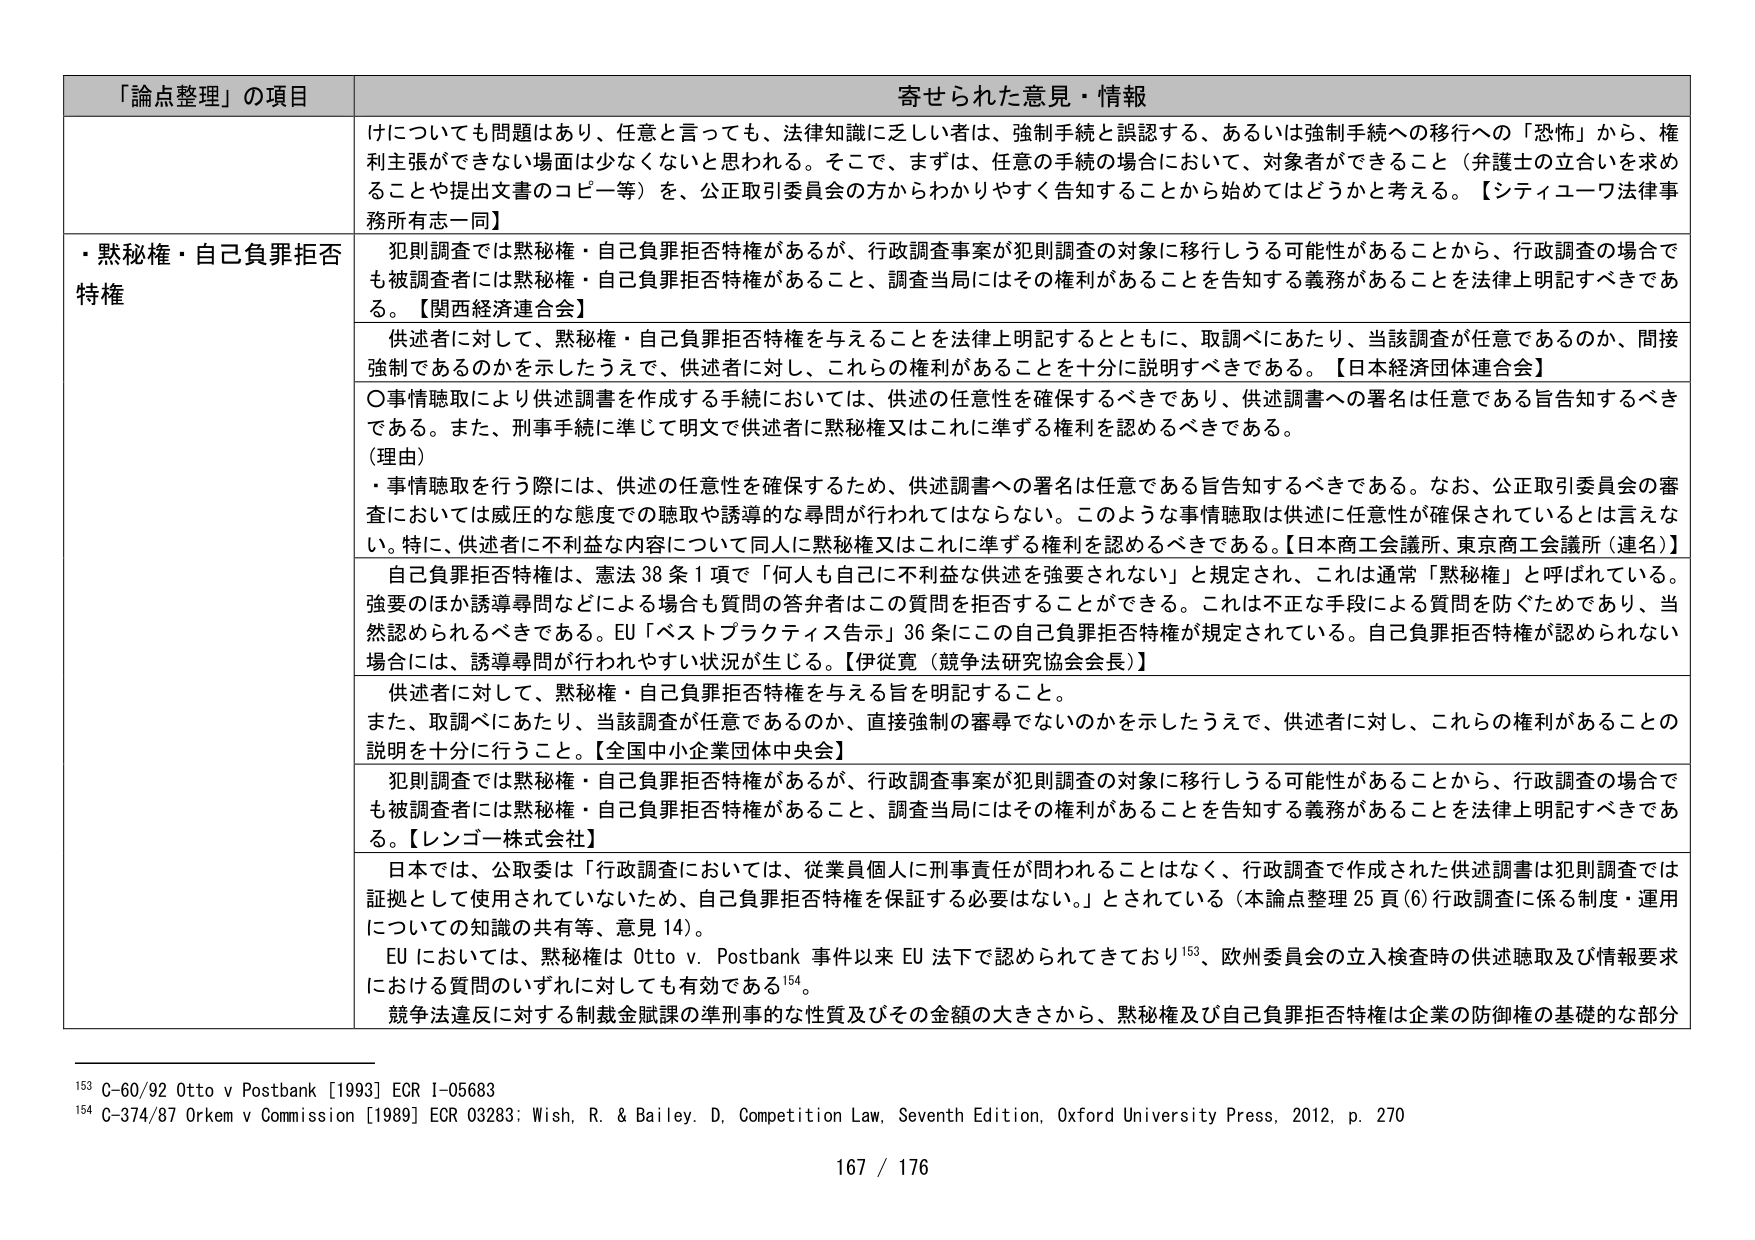
「論点整理」の項目 寄せられた意見・情報
けについても問題はあり、任意と言っても、法律知識に乏しい者は、強制手続と誤認する、あるいは強制手続への移行への「恐怖」から、権利主張ができない場面は少なくないと思われる。そこで、まずは、任意の手続の場合において、対象者ができること（弁護士の立合いを求めることや提出文書のコピー等）を、公正取引委員会の方からわかりやすく告知することから始めてはどうかと考える。【シティユーワ法律事務所有志一同】
・黙秘権・自己負罪拒否特権 犯則調査では黙秘権・自己負罪拒否特権があるが、行政調査事案が犯則調査の対象に移行しうる可能性があることから、行政調査の場合でも被調査者には黙秘権・自己負罪拒否特権があること、調査当局にはその権利があることを告知する義務があることを法律上明記すべきである。【関西経済連合会】
供述者に対して、黙秘権・自己負罪拒否特権を与えることを法律上明記するとともに、取調べにあたり、当該調査が任意であるのか、間接強制であるのかを示したうえで、供述者に対し、これらの権利があることを十分に説明すべきである。【日本経済団体連合会】
〇事情聴取により供述調書を作成する手続においては、供述の任意性を確保するべきであり、供述調書への署名は任意である旨告知するべきである。また、刑事手続に準じて明文で供述者に黙秘権又はこれに準ずる権利を認めるべきである。
（理由）
・事情聴取を行う際には、供述の任意性を確保するため、供述調書への署名は任意である旨告知するべきである。なお、公正取引委員会の審査においては威圧的な態度での聴取や誘導的な尋問が行われてはならない。このような事情聴取は供述に任意性が確保されているとは言えない。特に、供述者に不利益な内容について同人に黙秘権又はこれに準ずる権利を認めるべきである。【日本商工会議所、東京商工会議所（連名）】
自己負罪拒否特権は、憲法38条1項で「何人も自己に不利益な供述を強要されない」と規定され、これは通常「黙秘権」と呼ばれている。強要のほか誘導尋問などによる答弁者も質問の答弁者にその質問を拒否することができる。これは不正な手段による質問を防ぐためであり、当然認められるべきである。EU「ベストプラクティス告示」36条にこの自己負罪拒否特権が規定されている。自己負罪拒否特権が認められない場合には、誘導尋問が行われやすい状況が生じる。【伊従寛（競争法研究協会会長）】
供述者に対して、黙秘権・自己負罪拒否特権を与える旨を明記すること。
また、取調べにあたり、当該調査が任意であるのか、直接強制的審尋でないのかを示したうえで、供述者に対し、これらの権利があることの説明を十分に行うこと。【全国中小企業団体中央会】
犯則調査では黙秘権・自己負罪拒否特権があるが、行政調査事案が犯則調査の対象に移行しうる可能性があることから、行政調査の場合でも被調査者には黙秘権・自己負罪拒否特権があること、調査当局にはその権利があることを告知する義務があることを法律上明記すべきである。【レンゴー株式会社】
日本では、公取委は「行政調査においては、従業員個人に刑事責任が問われることはなく、行政調査で作成された供述調書は犯則調査では証拠として使用されていないため、自己負罪拒否特権を保証する必要はない。」とされている（本論点整理25頁(6)行政調査に係る制度・運用についての知識の共有等、意見14）。
EUにおいては、黙秘権はOtto v. Postbank事件以来EU法下で認められてきており153、欧州委員会の立入検査時の供述聴取及び情報要求における質問のいずれに対しても有効である154。
競争法違反に対する制裁金賦課の準刑事的な性質及びその金額の大きさから、黙秘権及び自己負罪拒否特権は企業の防御権の基礎的な部分
153 C-60/92 Otto v Postbank [1993] ECR I-05683
154 C-374/87 Orkem v Commission [1989] ECR 03283; Wish, R. & Bailey, D, Competition Law, Seventh Edition, Oxford University Press, 2012, p. 270
167 / 176